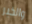
والخبر